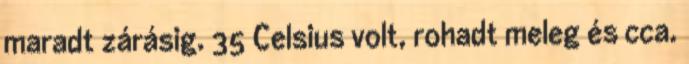
maradt zárásig. 35 Celsius volt, rohadt meleg és cca.